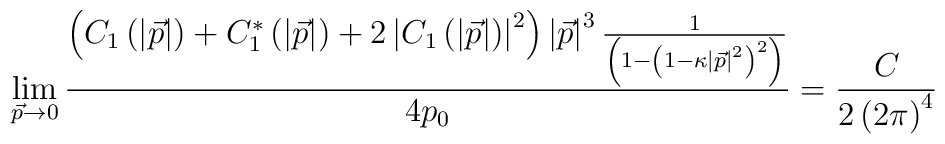
\lim_{\vec{p}\rightarrow 0}\frac{\left(C_1\left(\left|\vec{p}\right| \right) +C_1^{*}\left(\left| \vec{p}\right| \right)+2\left| C_1\left(\left| \vec{p}\right| \right) \right| ^2\right)\left| \vec{p}\right| ^3\frac 1{\left(1-\left(1-\kappa \left|\vec{p}\right| ^2\right) ^2\right) }}{4p_0}=\frac C{2\left(2\pi\right) ^4}